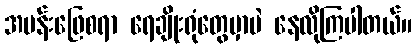
အပန်းဖြေစရာ ရေချိုးရုံတွေမှာပဲ နေလိုကြပါတယ်။